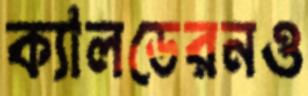
ক্যালডেরনও